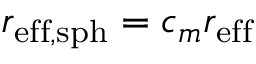
r _ { \mathrm { e f f , s p h } } = c _ { m } r _ { \mathrm { e f f } }